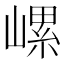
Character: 𡻱